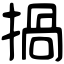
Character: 𢰸